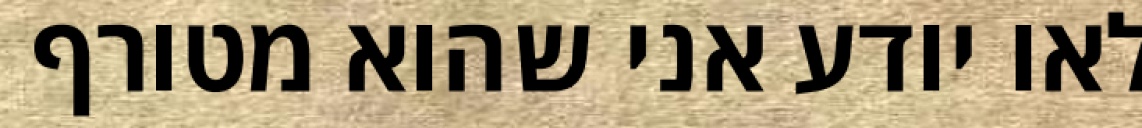
לאו יודע אני שהוא מטורף